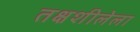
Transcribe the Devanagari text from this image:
तक्षशीलेला